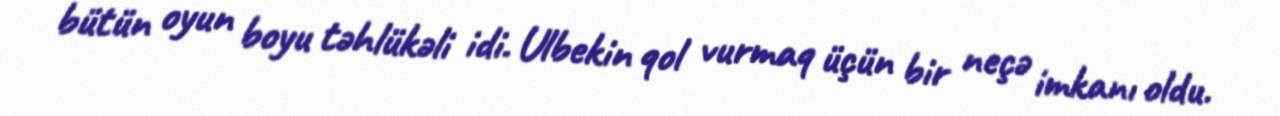
bütün oyun boyu təhlükəli idi. Ulbekin qol vurmaq üçün bir neçə imkanı oldu.